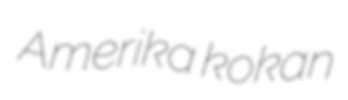
Amerika kokan